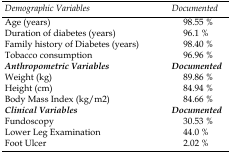
<table><thead><tr><td><b><i>Demographic Variables</i></b></td><td><b><i>Documented</i></b></td></tr></thead><tbody><tr><td>Age (years)</td><td>98.55 %</td></tr><tr><td>Duration of diabetes (years)</td><td>96.1 %</td></tr><tr><td>Family history of Diabetes (years)</td><td>98.40 %</td></tr><tr><td>Tobacco consumption</td><td>96.96 %</td></tr><tr><td><i>Anthropometric Variables</i></td><td><i>Documented</i></td></tr><tr><td>Weight (kg)</td><td>89.86 %</td></tr><tr><td>Height (cm)</td><td>84.94 %</td></tr><tr><td>Body Mass Index (kg/m<sup>2</sup>)</td><td>84.66 %</td></tr><tr><td><i>Clinical Variables</i></td><td><i>Documented</i></td></tr><tr><td>Fundoscopy</td><td>30.53 %</td></tr><tr><td>Lower Leg Examination</td><td>44.0 %</td></tr><tr><td>Foot Ulcer</td><td>2.02 %</td></tr></tbody></table>